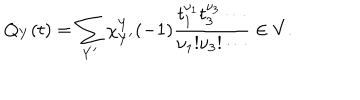
LaTeX: Q _ { Y } ( t ) = \sum _ { Y ^ { \prime } } \chi _ { Y ^ { \prime } } ^ { Y } ( - 1 ) \frac { t _ { 1 } ^ { \nu _ { 1 } } t _ { 3 } ^ { \nu _ { 3 } } \cdots } { \nu _ { 1 } ! \nu _ { 3 } ! \cdots } \in V .